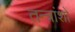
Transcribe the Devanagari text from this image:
तन्त्रांशों